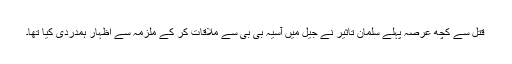
قتل سے کچھ عرصہ پہلے سلمان تاثیر نے جیل میں آسیہ بی بی سے ملاقات کر کے ملزمہ سے اظہار ہمدردی کیا تھا۔